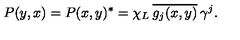
P ( y , x ) = P ( x , y ) ^ { * } = \chi _ { L } \: \overline { { g _ { j } ( x , y ) } } \: \gamma ^ { j } .